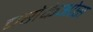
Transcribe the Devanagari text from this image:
चसेकेओस